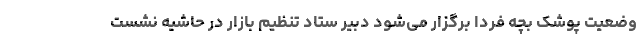
وضعیت پوشک بچه فردا برگزار می‌شود دبیر ستاد تنظیم بازار در حاشیه نشست